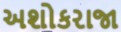
અશોકરાજા